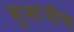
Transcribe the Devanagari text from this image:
मुलांनीच